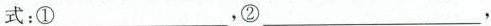
式：①___，②__，